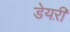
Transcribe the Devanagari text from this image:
डेयऱी